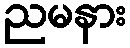
ညမနား